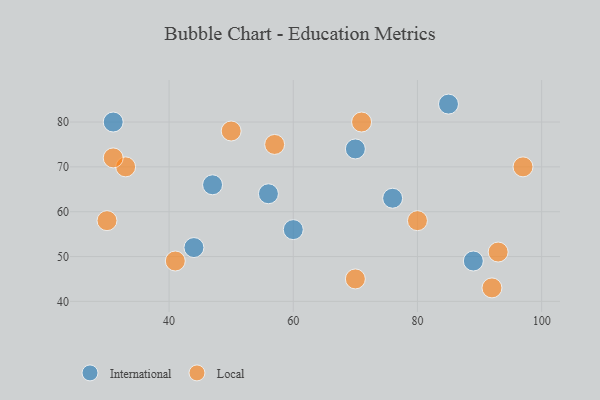
{"axis": {"x": "GDP", "y": "Life Expectancy"}, "legend": ["International", "Local"], "data": [{"x": "60", "y": 56, "type": "International"}, {"x": "47", "y": 66, "type": "International"}, {"x": "44", "y": 52, "type": "International"}, {"x": "76", "y": 63, "type": "International"}, {"x": "31", "y": 80, "type": "International"}, {"x": "56", "y": 64, "type": "International"}, {"x": "70", "y": 74, "type": "International"}, {"x": "89", "y": 49, "type": "International"}, {"x": "85", "y": 84, "type": "International"}, {"x": "33", "y": 70, "type": "Local"}, {"x": "92", "y": 43, "type": "Local"}, {"x": "80", "y": 58, "type": "Local"}, {"x": "50", "y": 78, "type": "Local"}, {"x": "93", "y": 51, "type": "Local"}, {"x": "30", "y": 58, "type": "Local"}, {"x": "31", "y": 72, "type": "Local"}, {"x": "71", "y": 80, "type": "Local"}, {"x": "70", "y": 45, "type": "Local"}, {"x": "97", "y": 70, "type": "Local"}, {"x": "57", "y": 75, "type": "Local"}, {"x": "41", "y": 49, "type": "Local"}]}